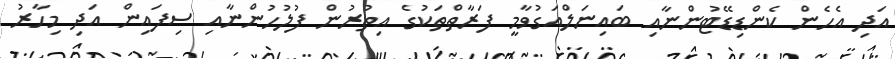
އަދި އެހެން ކެންޑިޑޭޓުންނާއި ބައިނަލްއަގުވާމީ ފަރާތްތަކުގެ އިތުރުން ފުލުހުންނާއި ސިފައިން އަދި މިހާރު